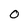
Character: 0